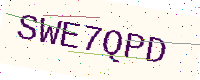
Text: SWE7QPD